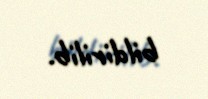
bildirilib.